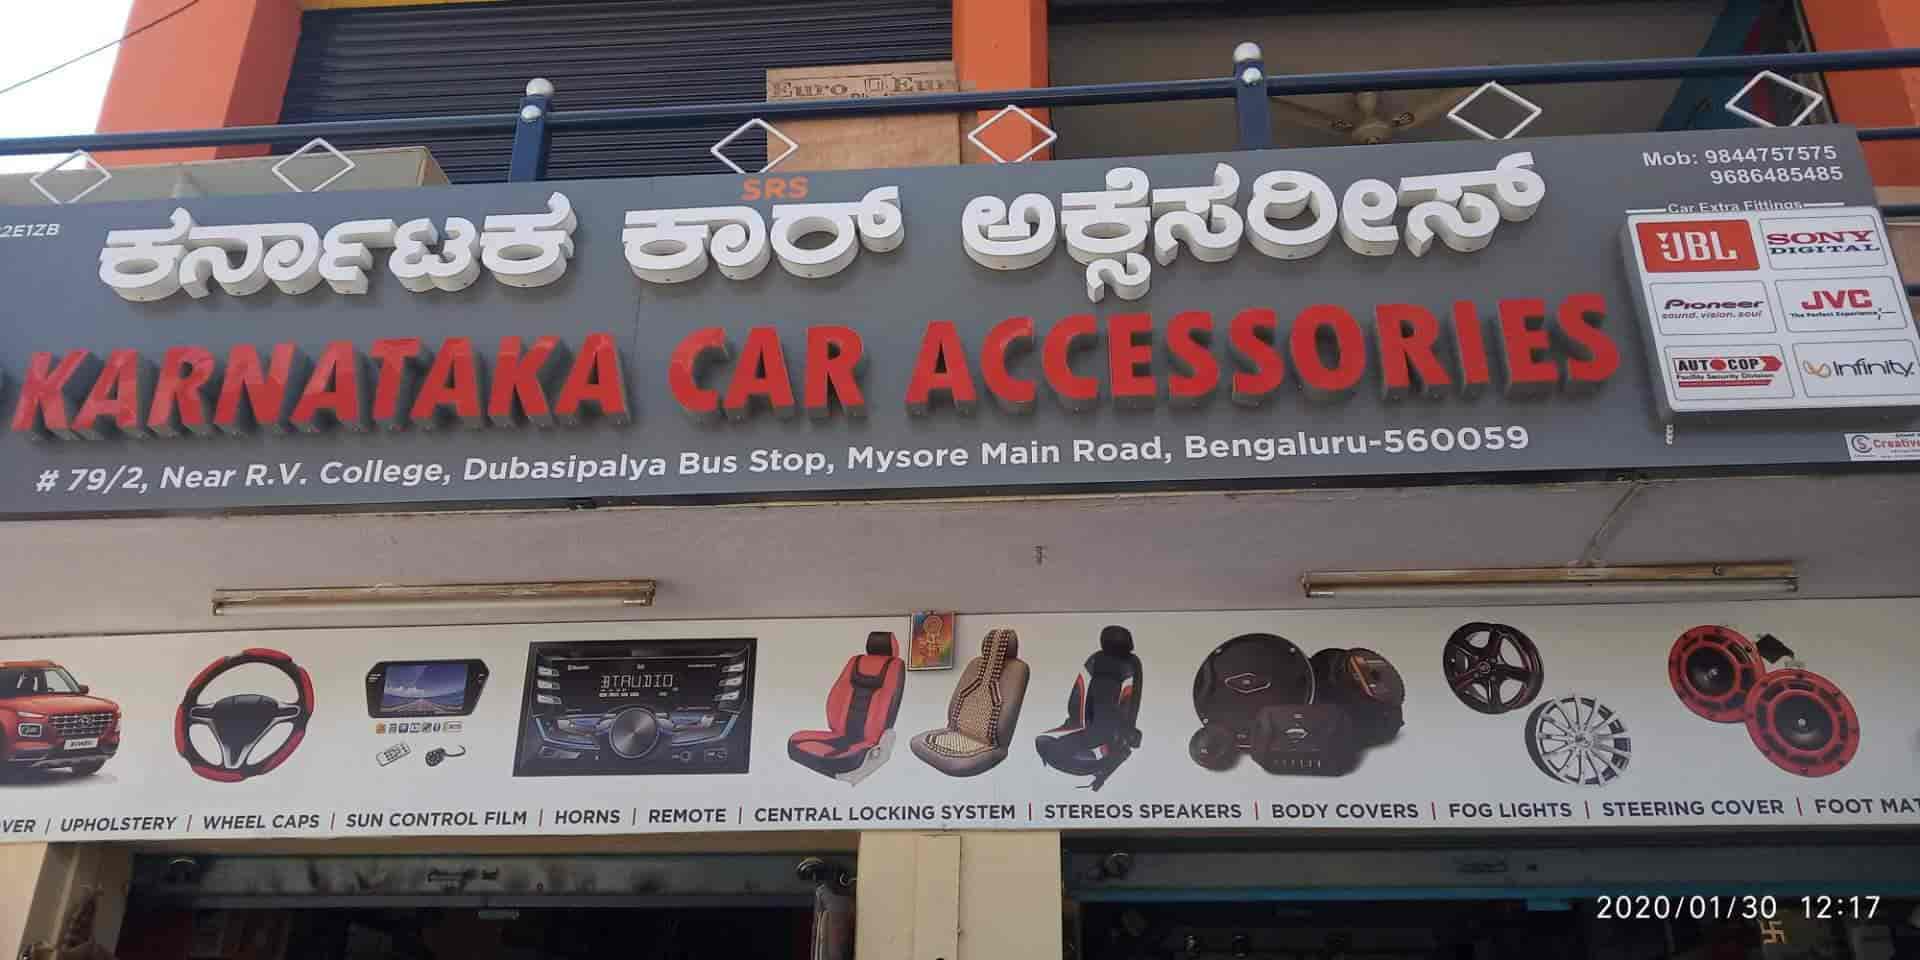
Language: kannada
Transcription: ಕರ್ನಾಟಕ ಕಾರ್ ಅಕ್ಸೆಸರೀಸ್